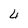
Character: 4